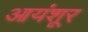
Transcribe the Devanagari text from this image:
आयंशूर